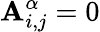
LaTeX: \mathbf{A}_{i,j}^{\alpha}=0